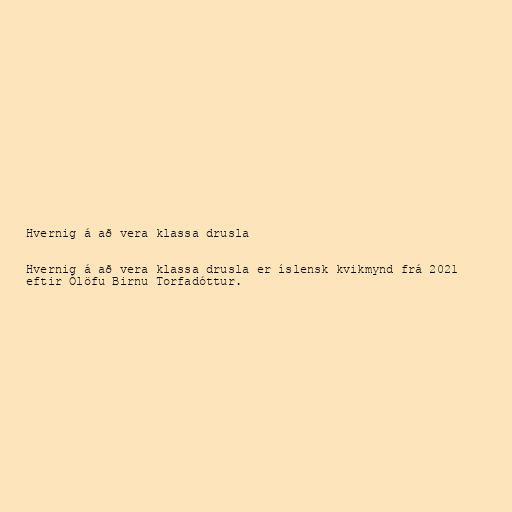
Hvernig á að vera klassa drusla

Hvernig á að vera klassa drusla er íslensk kvikmynd frá 2021
eftir Ólöfu Birnu Torfadóttur.